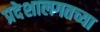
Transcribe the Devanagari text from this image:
प्रदेशालगतच्या